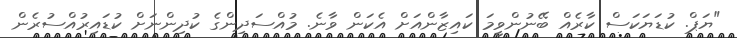
"ޔަޕް. ކުޑަޔަކަސް ކާރެއް ބޭނުންވީމަ ކައިޒާންއަށް އެކަން ވާނެ. މުއްސަދިންގެ ކުދިންނަށް ކުޑައިރުއްސުރެން